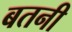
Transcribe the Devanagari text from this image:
बतनी